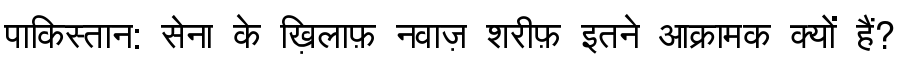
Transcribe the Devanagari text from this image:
पाकिस्तान: सेना के ख़िलाफ़ नवाज़ शरीफ़ इतने आक्रामक क्यों हैं?